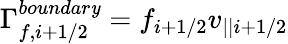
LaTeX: \Gamma_{f,i+1/2}^{boundar\mathit{y}}=f_{i+1/2}v_{||i+1/2}